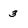
Character: 3